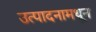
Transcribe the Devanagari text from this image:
उत्पादनामधून